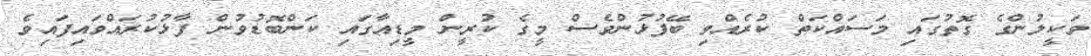
ވަކީލުންގެ ގޮތުގައި މަސައްކަތް ކުރެއްވި ބޭފުޅުންވެސް މީގެ ކުރީން މީޑިއާގައި ކަންބޮޑުވުން ފާޅުކުރައްވައިފައިވެ